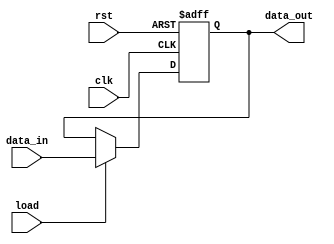
`timescale 1ns / 1ps
module d_flop (data_out, data_in, load, clk, rst);
  output 		data_out;
  input 		data_in;
  input 		load;
  input 		clk, rst;
  reg 		data_out;

  always @ (posedge clk or negedge rst)
    if (rst == 0) 
    data_out <= 0; 
    else if (load == 1)
    data_out <= data_in;
endmodule